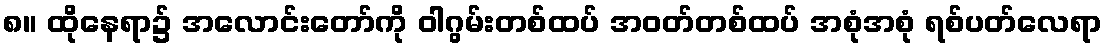
၈။ ထိုနေရာ၌ အလောင်းတော်ကို ဝါဂွမ်းတစ်ထပ် အဝတ်တစ်ထပ် အစုံအစုံ ရစ်ပတ်လေရာ